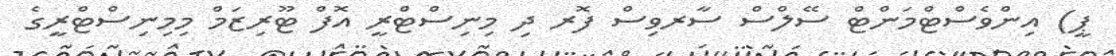
ޕީ) އިންވެސްޓްމަންޓް ސޭލްސް ސާރވިސް ފޮރ ދި މިނިސްޓްރީ އޮފް ޓޫރިޒަމް މިމިނިސްޓްރީގެ